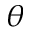
\theta